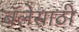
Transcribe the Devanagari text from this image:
बॅलेसाठी